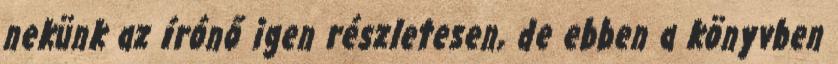
nekünk az írónő igen részletesen, de ebben a könyvben